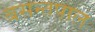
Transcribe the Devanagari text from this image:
बसन्तपाल